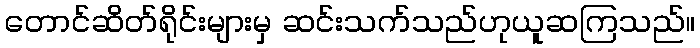
တောင်ဆိတ်ရိုင်းများမှ ဆင်းသက်သည်ဟုယူဆကြသည်။